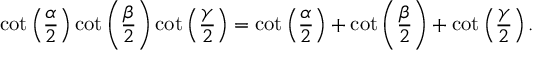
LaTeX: \cot \left( { \frac { \alpha } { 2 } } \right) \cot \left( { \frac { \beta } { 2 } } \right) \cot \left( { \frac { \gamma } { 2 } } \right) = \cot \left( { \frac { \alpha } { 2 } } \right) + \cot \left( { \frac { \beta } { 2 } } \right) + \cot \left( { \frac { \gamma } { 2 } } \right) .